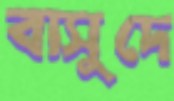
বাসুদে